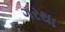
ગરથા